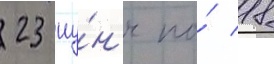
23 иу́н'я по́ 18